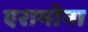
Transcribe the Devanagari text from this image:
एरामोना